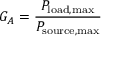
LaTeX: G _ { A } = { \frac { P _ { \mathrm { l o a d , m a x } } } { P _ { \mathrm { s o u r c e , m a x } } } }